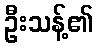
ဦးသန့်၏